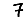
Digit: 7